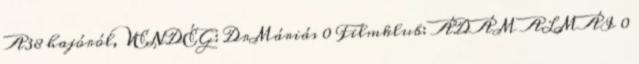
A38 hajóról, VENDÉG: DrMáriás 0 Filmklub: ÁDÁM ALMÁI 0